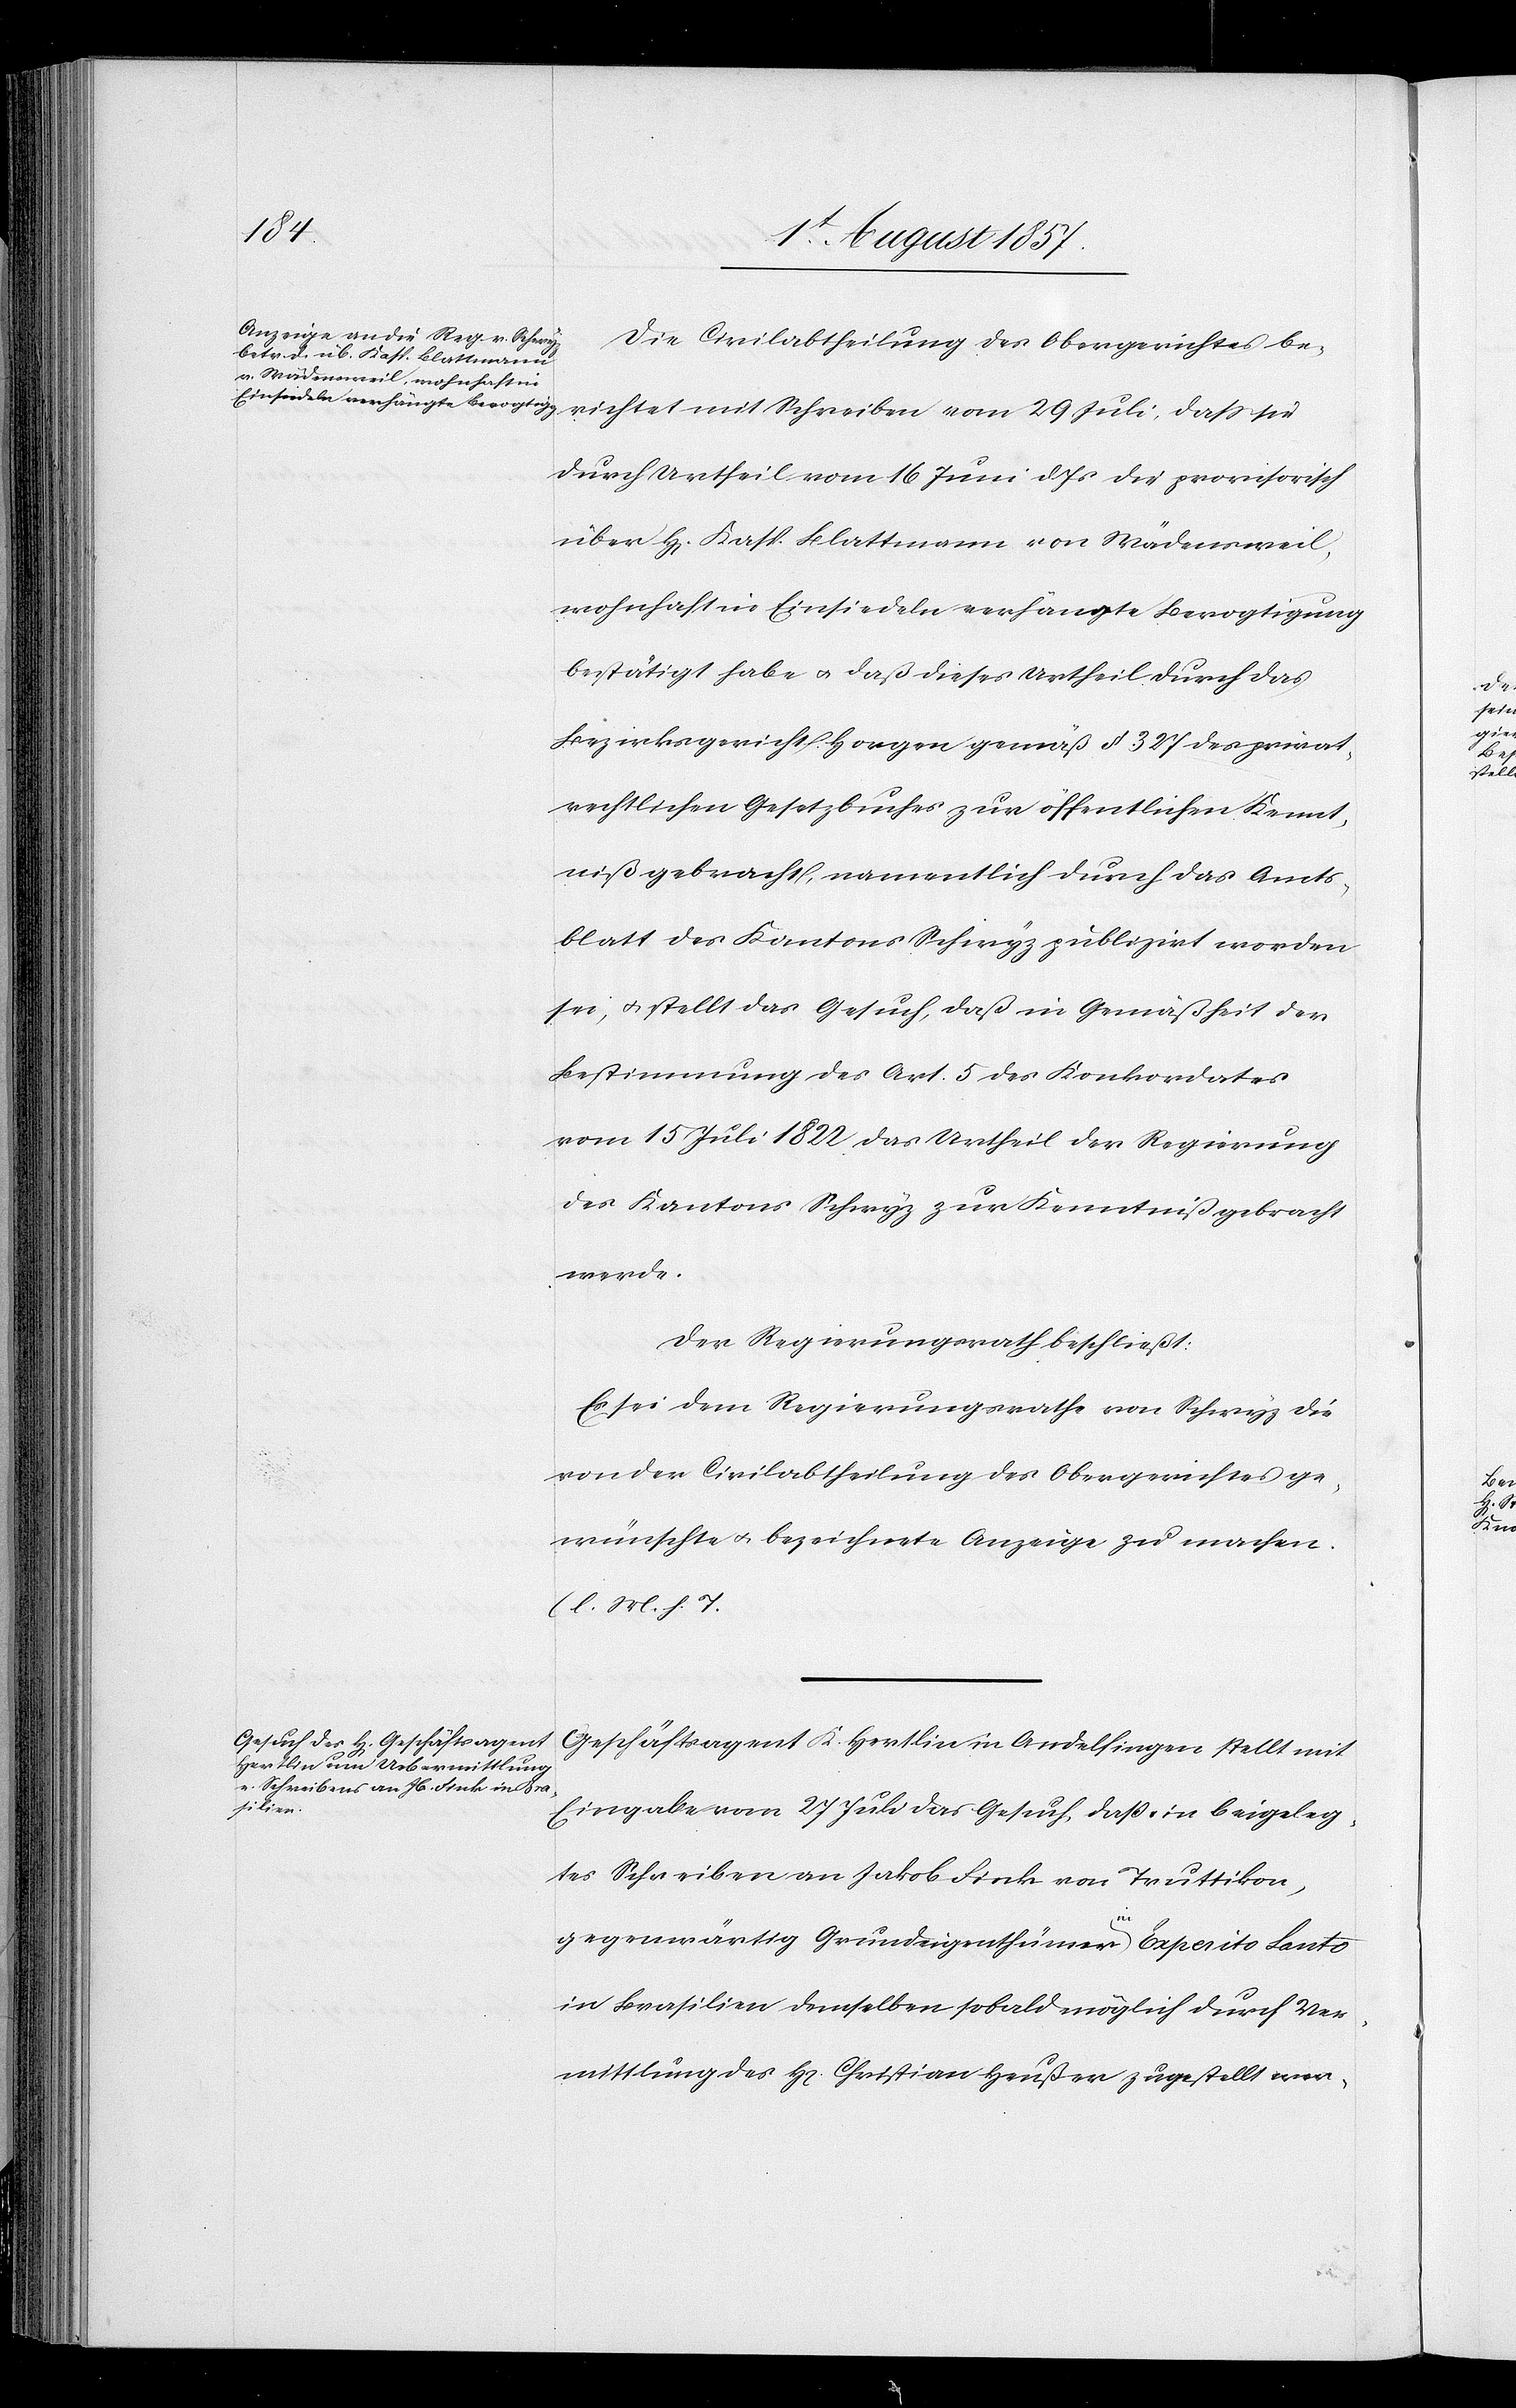
Die Civilabtheilung des Obergerichtes be¬
richtet mit Schreiben vom 29 Juli, daß sie
durch Urtheil vom 16 Juni d. Js. die provisorisch
über H[errn] Kasp. Blattmann von Wädensweil,
wohnhaft in Einsiedeln verhängte Bevogtigung
bestätigt habe & daß dieses Urtheil durch das
Bezirksgericht Horgen gemäß § 327 des privat¬
rechtlichen Gesetzbuches zur öffentlichen Kennt¬
niß gebracht, namentlich durch das Amts¬
blatt des Kantons Schwyz publizirt worden
sei, & stellt das Gesuch, daß in Gemäßheit der
Bestimmung des Art. 5 des Konkordates
vom 15 Juli 1822 das Urtheil der Regierung
des Kantons Schwyz zur Kenntniß gebracht
werde.
Der Regierungsrath beschließt:
Es sei dem Regierungsrathe von Schwyz die
von der Civilabtheilung des Obergerichtes ge¬
wünschte & bezeichnete Anzeige zu machen.
[l. M. h. T]
Geschäftsagent K. Hertlin in Andelfingen stellt mit
Eingabe vom 27 Juli das Gesuch, daß ein beigeleg¬
tes Schreiben an Jakob Fink von Truttikon,
gegenwärtig Grundeigenthümer in Espirito Santo
in Brasilien demselben sobald möglich durch Ver¬
mittlung des H[errn] Christian Heußer zugestellt wer-